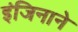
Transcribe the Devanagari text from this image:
इंजिनाने